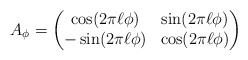
\begin{align*}A_\phi = \begin{pmatrix}\cos(2\pi \ell \phi)& \sin(2\pi \ell \phi)\\-\sin(2\pi \ell\phi)& \cos(2\pi \ell\phi)\end{pmatrix}\end{align*}